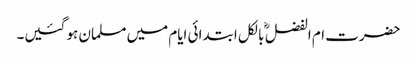
حضرت ام الفضل ؓ بالکل ابتدائی ایام میں مسلمان ہو گئیں۔